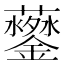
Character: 𲇩